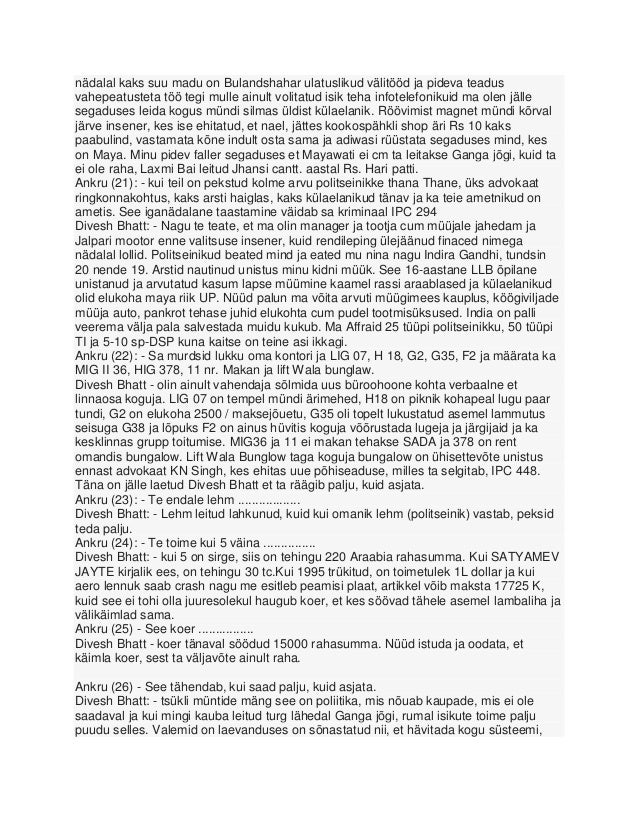
Language: et